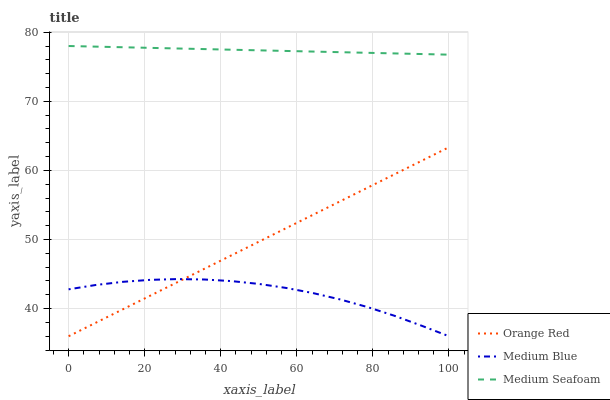
| xaxis_label | Orange Red | Medium Blue | Medium Seafoam |
 | --- | --- | --- | --- |
 | 0 | 36 | 42.8 | 78 |
 | 7.14 | 38 | 43.4 | 77.9 |
 | 14.3 | 39.9 | 43.9 | 77.8 |
 | 21.4 | 41.9 | 44.2 | 77.7 |
 | 28.6 | 43.8 | 44.3 | 77.6 |
 | 35.7 | 45.8 | 44.2 | 77.6 |
 | 42.9 | 47.7 | 44 | 77.5 |
 | 50 | 49.7 | 43.6 | 77.4 |
 | 57.1 | 51.6 | 43 | 77.3 |
 | 64.3 | 53.6 | 42.2 | 77.2 |
 | 71.4 | 55.5 | 41.3 | 77.1 |
 | 78.6 | 57.5 | 40.2 | 77 |
 | 85.7 | 59.4 | 39 | 76.9 |
 | 92.9 | 61.4 | 37.5 | 76.8 |
 | 100 | 63.4 | 36 | 76.7 |